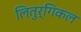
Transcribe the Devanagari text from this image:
लितुर्गिकल